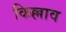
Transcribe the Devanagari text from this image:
किल्लाव